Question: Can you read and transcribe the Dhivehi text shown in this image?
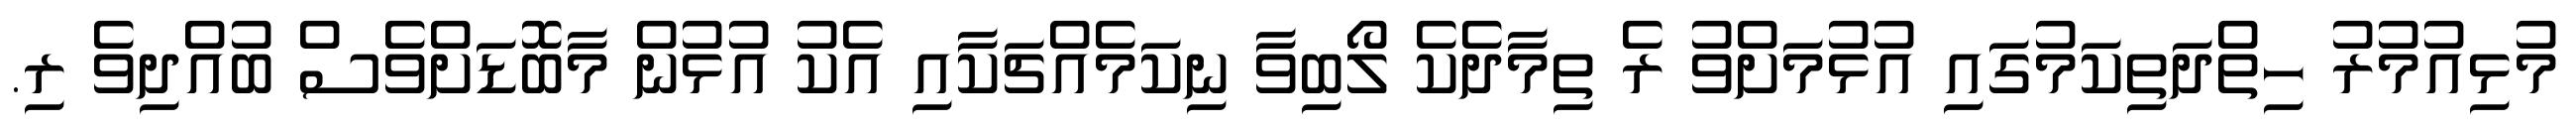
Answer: މުޅިއުމުރު ހިތްދަތިކަމުގައި އުޅުމަށްވު ރެ ތިމާދެކެ ލޯބިވާ ނިކަމެއްޗަކާއި އެކު އުޅުން މާބޮޑަށްވެސް ބުއްދިވެ ރި.